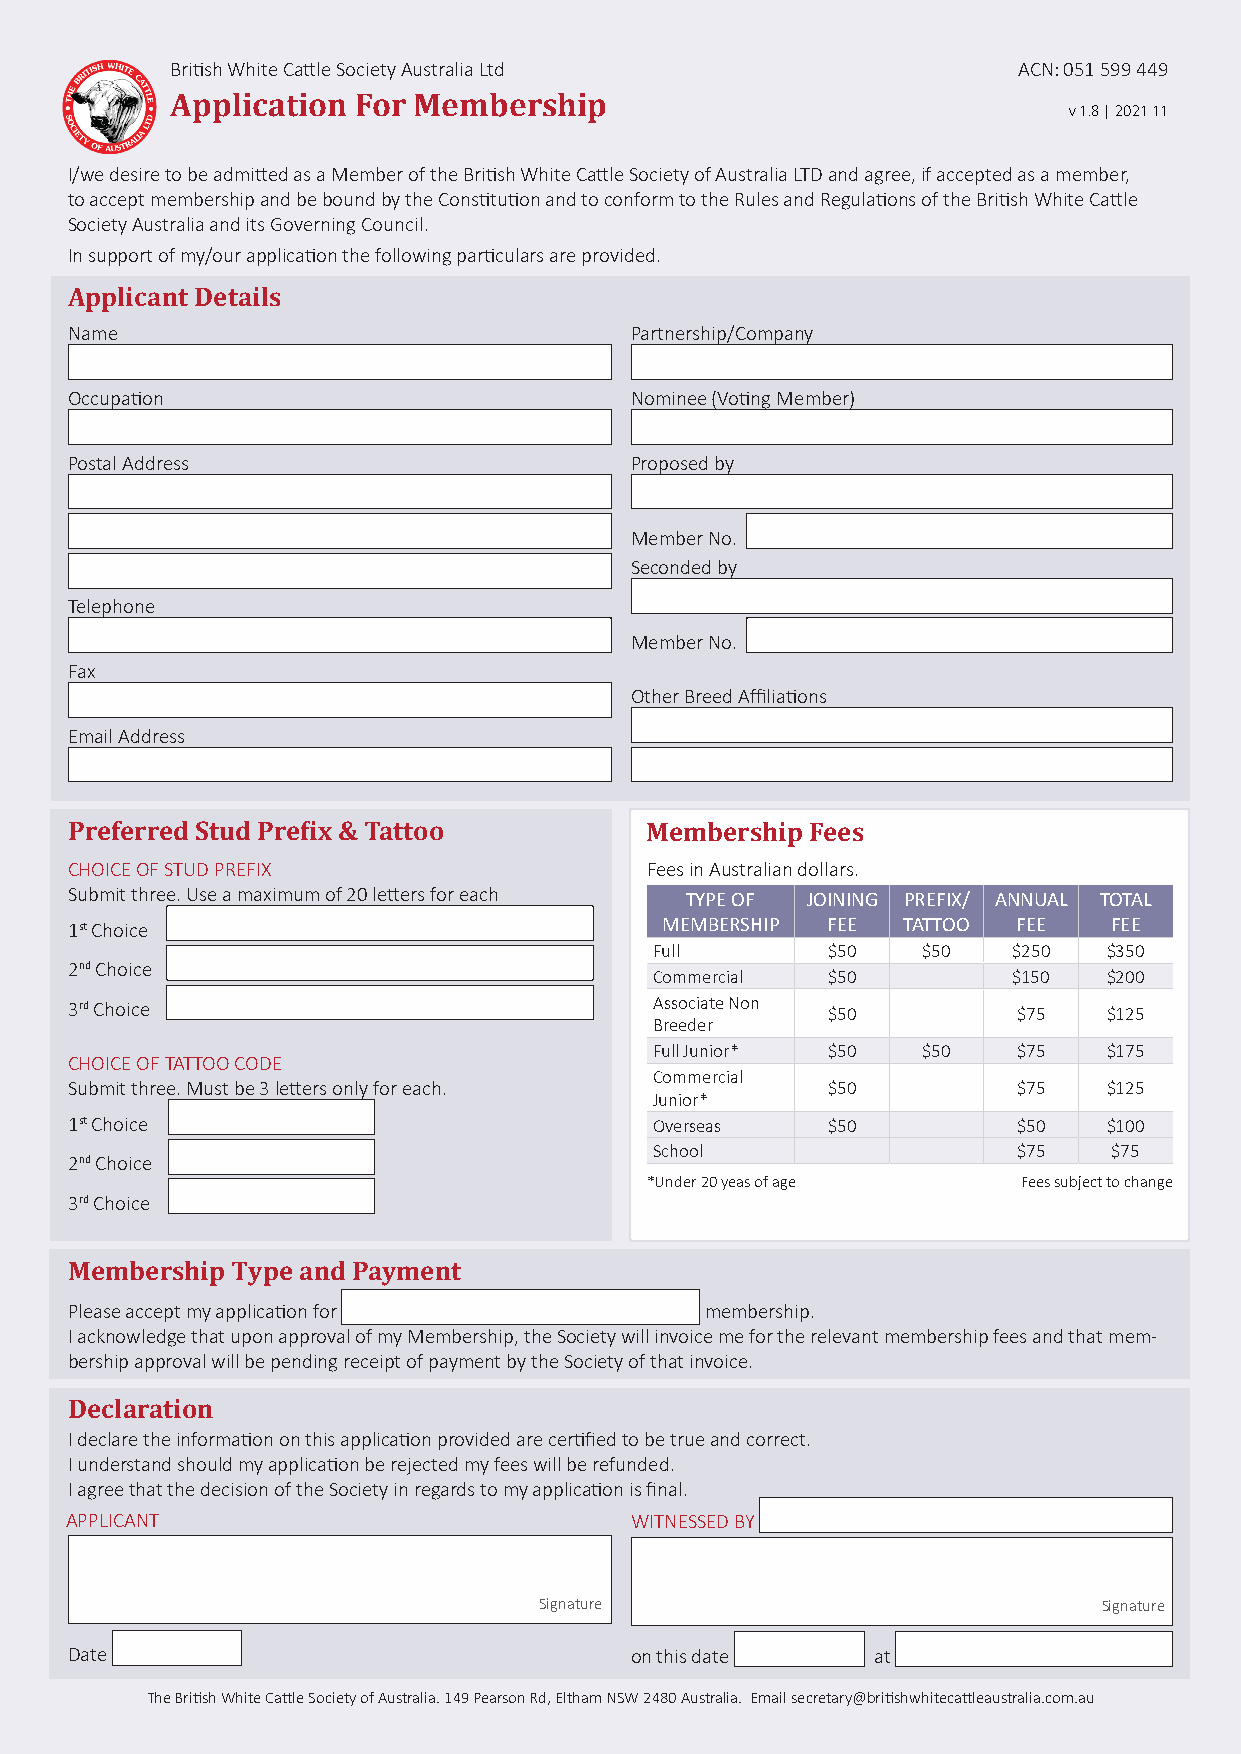
British White Cattle Society Australia Ltd              ACN: 051 599 449
 Application For Membership
 v 1.8 | 2021 11
 I/we desire to be admitted as a Member of the British White Cattle Society of Australia LTD and agree, if accepted as a member,
 to accept membership and be bound by the Constitution and to conform to the Rules and Regulations of the British White Cattle
 Society Australia and its Governing Council.
 In support of my/our application the following particulars are provided.
 Applicant Details
 Name                                  Partnership/Company
 Occupation                            Nominee (Voting Member)
 Postal Address                        Proposed by
 Member No.
 Seconded by
 Telephone
 Member No.
 Fax
 Other Breed Affiliations
 Email Address
 Preferred Stud Prefix & Tattoo         Membership Fees
 CHOICE OF STUD PREFIX                  Fees in Australian dollars.
 Submit three. Use a maximum of 20 letters for each TYPE OF JOINING PREFIX/ ANNUAL TOTAL
 MEMBERSHIP FEE  TATTOO FEE   FEE
 1st Choice
 Full        $50   $50   $250  $350
 2nd Choice
 Commercial  $50         $150  $200
 3rd Choice                             Associate Non $50       $75   $125
 Breeder
 Full Junior* $50  $50   $75   $175
 CHOICE OF TATTOO CODE
 Commercial
 Submit three. Must be 3 letters only for each.     $50         $75   $125
 Junior*
 1st Choice                             Overseas    $50         $50   $100
 School                  $75    $75
 2nd Choice
 *Under 20 yeas of age    Fees subject to change
 3rd Choice
 Membership Type and Payment
 Please accept my application for           membership.
 I acknowledge that upon approval of my Membership, the Society will invoice me for the relevant membership fees and that mem-
 bership approval will be pending receipt of payment by the Society of that invoice.
 Declaration
 I declare the information on this application provided are certified to be true and correct.
 I understand should my application be rejected my fees will be refunded.
 I agree that the decision of the Society in regards to my application is final.
 APPLICANT                             WITNESSED BY
 Signature                            Signature
 Date                                  on this date    at
 The British White Cattle Society of Australia. 149 Pearson Rd, Eltham NSW 2480 Australia. Email secretary@britishwhitecattleaustralia.com.au